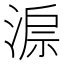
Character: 𣸔